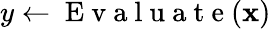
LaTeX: y\gets\mathrm{~E~v~a~l~u~a~t~e~}(\mathbf{x})